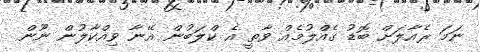
ނަމަ ރެއާލަށް ބޮޑު ގެއްލުމެއް ވާތީ އެ ކްލަބުން އޭނާ ވިއްކާލުން ނޫން